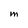
Character: M